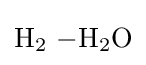
{\mathrm {H} {\vphantom {A}}_{\smash[{t}]{2}}~{-}\mathrm {H} {\vphantom {A}}_{\smash[{t}]{2}}\mathrm {O} }